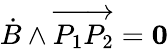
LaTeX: {\dot{B}}\wedge\overrightarrow{P_{1}P_{2}}={\mathbf 0}